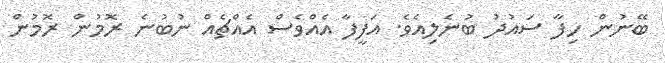
ބޭނުން ހިފާ ސައުދު ބުނެލިއެވެ. އަފީފާ އެއްވެސް އެއްޗެއް ނުބުނެ ރޮމުން ރޮމުން